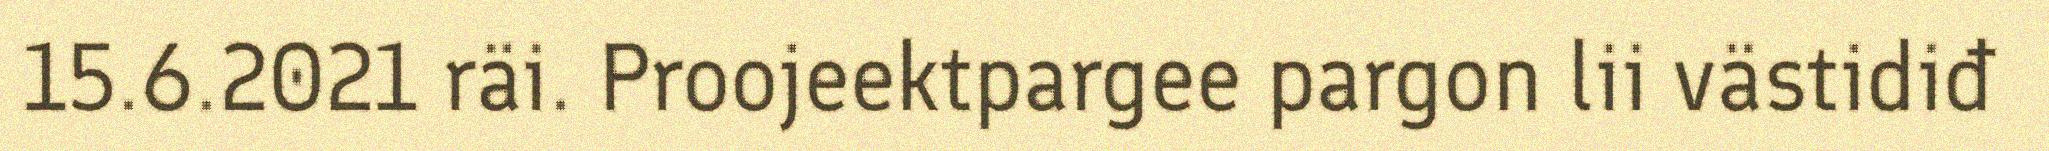
15.6.2021 räi. Proojeektpargee pargon lii västidiđ